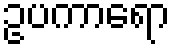
ဥပကာရော